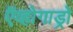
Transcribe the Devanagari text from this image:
ऍव्होगाड्रो